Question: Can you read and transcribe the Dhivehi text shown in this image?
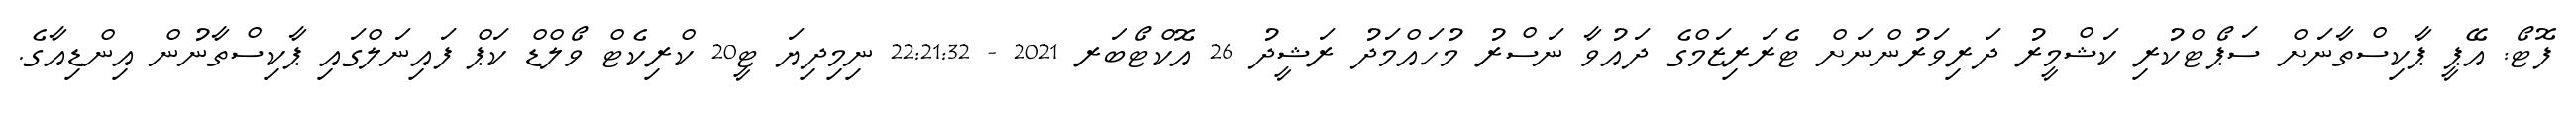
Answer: ފޮޓޯ: އޭޕީ ޕާކިސްތާނަށް ސަޕޯޓްކުރި ކަޝްމީރު ދަރިވަރުންނަށް ޓެރަރިޒަމްގެ ދައުވާ ނަސްރު މުހައްމަދު ރަޝީދު 26 އޮކްޓޯބަރ 2021 - 22:21:32 ނިމިދިޔަ ޓީ20 ކްރިކެޓް ވޯލްޑް ކަޕް ފައިނަލްގައި ޕާކިސްތާނުން އިންޑިއާގެ.